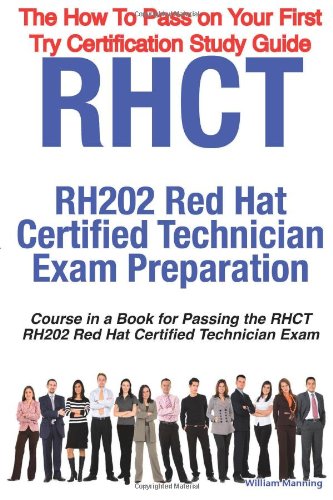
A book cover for RHCT - RH202 Red Hat Certified Technician Certification Exam Preparation Course in a Book for Passing the RHCT - RH202 Red Hat Certified Technician ... on Your First Try Certification Study Guide; William Manning; Computers & Technology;